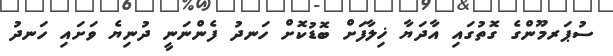
ސުޕަރމޫންގެ ގޮތުގައި އާދަޔާ ޚިލާފަށް ބޮޑުކޮށް ހަނދު ފެންނަނީ ދުނިޔެ ވަށައި ހަނދު